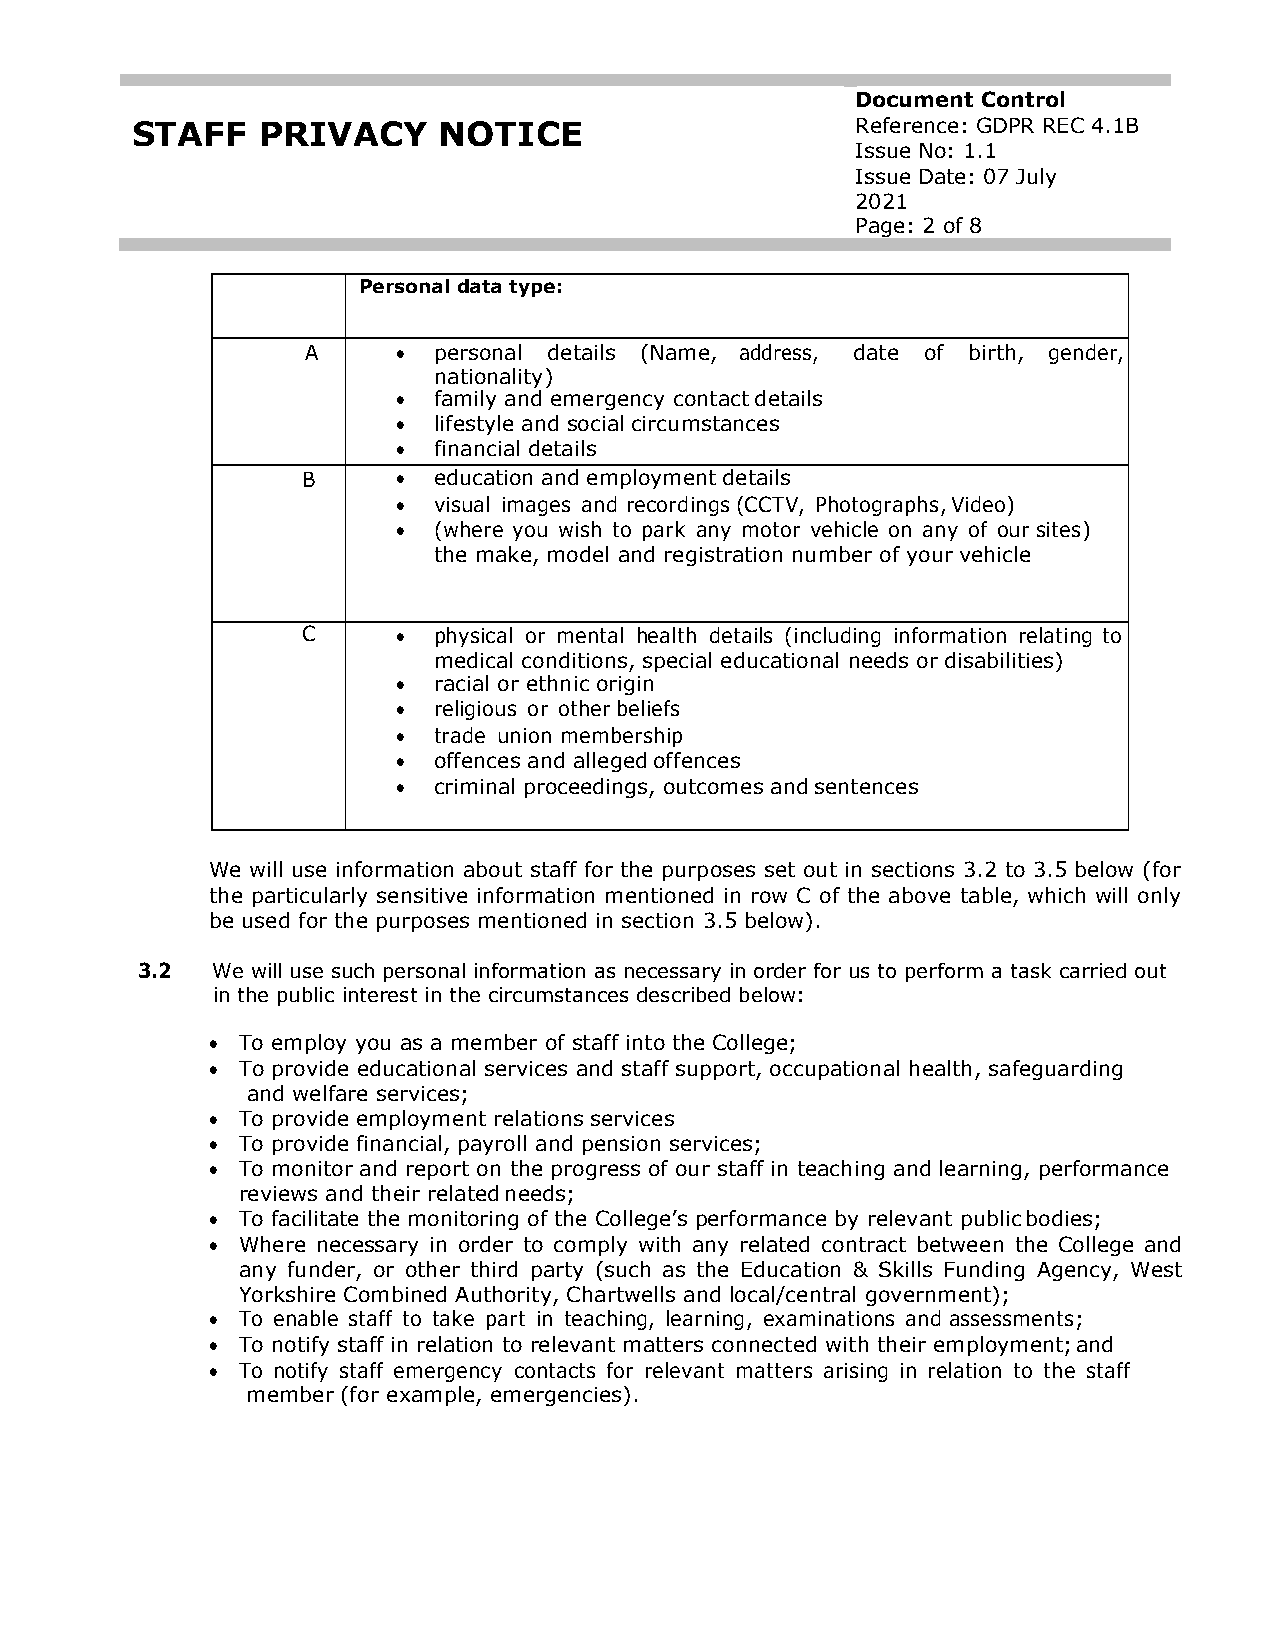
Document Control
 STAFF   PRIVACY     NOTICE                      Reference: GDPR REC 4.1B
 Issue No: 1.1
 Issue Date: 07 July
 2021
 Page: 2 of 8
 Personal data type:
 A     •  personal details (Name, address, date of birth, gender,
 nationality)
 •  family and emergency contact details
 •  lifestyle and social circumstances
 •  financial details
 B     •  education and employment details
 •  visual images and recordings (CCTV, Photographs, Video)
 •  (where you wish to park any motor vehicle on any of our sites)
 the make, model and registration number of your vehicle
 C     •  physical or mental health details (including information relating to
 medical conditions, special educational needs or disabilities)
 •  racial or ethnic origin
 •  religious or other beliefs
 •  trade union membership
 •  offences and alleged offences
 •  criminal proceedings, outcomes and sentences
 We will use information about staff for the purposes set out in sections 3.2 to 3.5 below (for
 the particularly sensitive information mentioned in row C of the above table, which will only
 be used for the purposes mentioned in section 3.5 below).
 3.2  We will use such personal information as necessary in order for us to perform a task carried out
 in the public interest in the circumstances described below:
 • To employ you as a member of staff into the College;
 • To provide educational services and staff support, occupational health, safeguarding
 and welfare services;
 • To provide employment relations services
 • To provide financial, payroll and pension services;
 • To monitor and report on the progress of our staff in teaching and learning, performance
 reviews and their related needs;
 • To facilitate the monitoring of the College’s performance by relevant public bodies;
 • Where necessary in order to comply with any related contract between the College and
 any funder, or other third party (such as the Education & Skills Funding Agency, West
 Yorkshire Combined Authority, Chartwells and local/central government);
 • To enable staff to take part in teaching, learning, examinations and assessments;
 • To notify staff in relation to relevant matters connected with their employment; and
 • To notify staff emergency contacts for relevant matters arising in relation to the staff
 member (for example, emergencies).